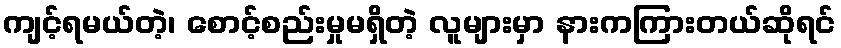
ကျင့်ရမယ်တဲ့၊ စောင့်စည်းမှုမရှိတဲ့ လူများမှာ နားကကြားတယ်ဆိုရင်